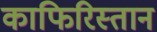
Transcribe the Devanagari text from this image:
काफिरिस्तान